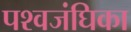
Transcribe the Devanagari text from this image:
पश्वजंघिका